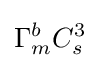
\Gamma _{m}^{b}C_{s}^{3}